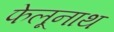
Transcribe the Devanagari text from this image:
फेलूनाथ